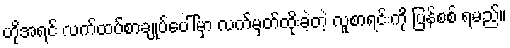
ဟိုအရင် လက်ထပ်စာချုပ်ပေါ်မှာ လက်မှတ်ထိုးခဲ့တဲ့ လူစာရင်းကို ပြန်စစ် ရမည်။